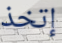
إتخذ